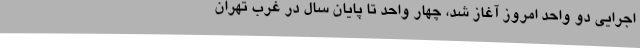
اجرایی دو واحد امروز آغاز شد، چهار واحد تا پایان سال در غرب تهران